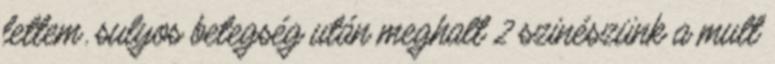
lettem. sulyos betegség után meghalt 2 szinészünk a mult